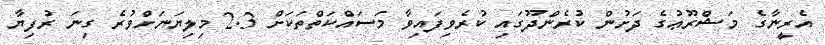
އެރީނާގެ މަޝްރޫޢުގެ ދަށުން ކުރެންދޫގައި ކުރެވިފައިވާ މަސައްކަތްތަކަށް 2.3 މިލިޔަނަށްވުރެ ގިނަ ރުފިޔާ